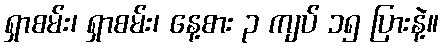
ရှာစမ်း၊ ရှာစမ်း၊ နေ့စား ၃ ကျပ် ၁၅ ပြားနဲ့။